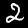
Label: 2